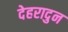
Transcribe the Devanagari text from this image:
देहरादुन